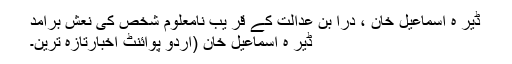
ڈیر ہ اسماعیل خان ، درا بن عدالت کے قر یب نامعلوم شخص کی نعش برآمد
ڈیر ہ اسماعیل خان (اُردو پوائنٹ اخبارتازہ ترین۔